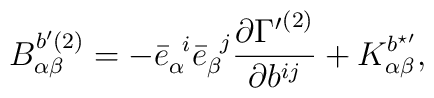
{B}^{b'(2)}_{\alpha\beta} = -{\bar{e}}_{\alpha}^{\;\;i}{\bar{e}}_{\beta}^{\;\;j} \frac{\partial{\Gamma'}^{(2)}}{\partial b^{ij}} +{K}^{b^{\star\prime}}_{\alpha\beta},